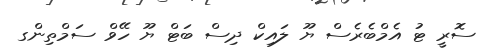
ސޮރީ ޓު އެމްބެރެސް ޔޫ ލައިކް ދިސް ބަޓް ޔޫ ހޭވް ސަމްތިންގ